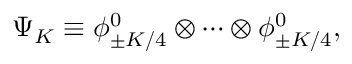
\Psi _ { K } \equiv \phi _ { \pm K / 4 } ^ { 0 } \otimes \cdots \otimes \phi _ { \pm K / 4 } ^ { 0 } ,